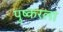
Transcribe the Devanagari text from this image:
पुष्करला